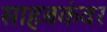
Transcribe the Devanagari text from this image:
साहबकंवर